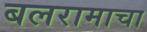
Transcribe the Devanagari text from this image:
बलरामाचा